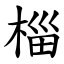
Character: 椔